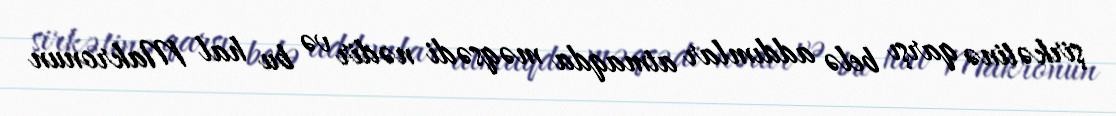
şirkətinə qarşı belə addımlar atmaqda məqsədi nədir və bu hal Makronun